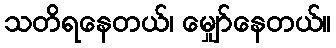
သတိရနေတယ်၊ မျှော်နေတယ်။